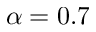
\alpha = 0 . 7